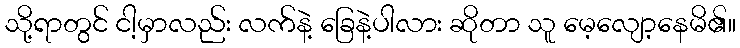
သို့ရာတွင် ငါ့မှာလည်း လက်နဲ့ ခြေနဲ့ပါလား ဆိုတာ သူ မေ့လျော့နေမိ၏။